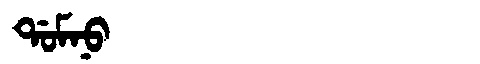
Manchu: ᡩᠣᠮᠨᠣ
Romanization: DOMNO